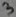
Text: 3